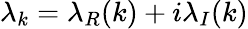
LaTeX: \lambda_{k}=\lambda_{R}(k)+i\lambda_{I}(k)